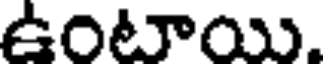
ఉంటాయి.